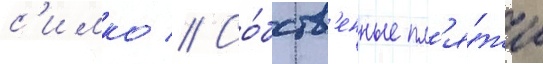
с'имко // Со́бств'енные пл'я́жи